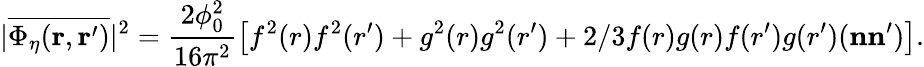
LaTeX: |\overline{{{\Phi_{\eta}({\mathbf r},{\mathbf r}^{\prime})}}}|^{2}=\frac{2\phi_{0}^{2}}{16\pi^{2}}\big[f^{2}(r)f^{2}(r^{\prime})+g^{2}(r)g^{2}(r^{\prime})+2/3f(r)g(r)f(r^{\prime})g(r^{\prime})({\mathbf n}{\mathbf n}^{\prime})\big].